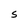
Character: S